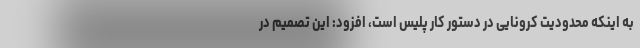
به اینکه محدودیت کرونایی در دستور کار پلیس است، افزود: این تصمیم در